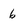
Character: 6